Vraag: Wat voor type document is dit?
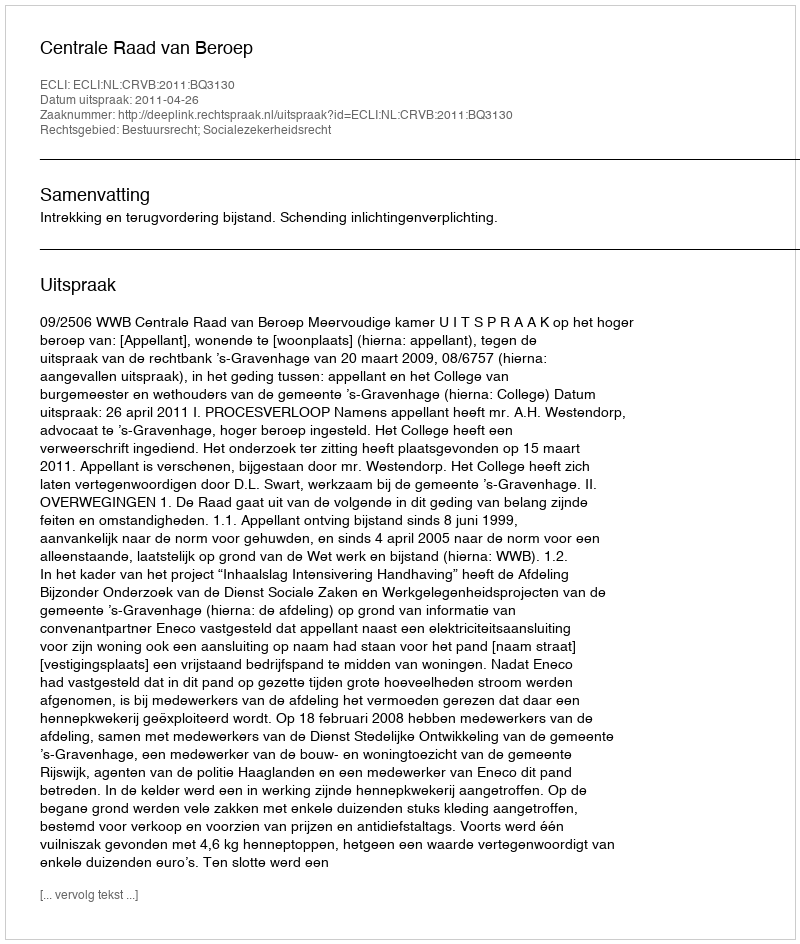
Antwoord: Uitspraak